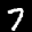
Label: 7